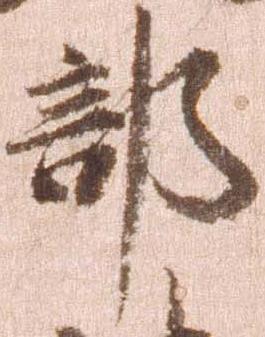
部